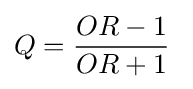
Q={\frac {{OR}-1}{{OR}+1}}\